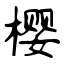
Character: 樱